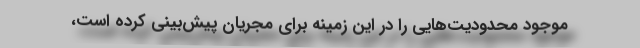
موجود محدودیت‌هایی را در این زمینه برای مجریان پیش‌بینی کرده است،